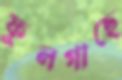
ফুলগাছে